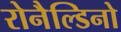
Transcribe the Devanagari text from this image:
रोनैल्डिनो